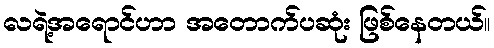
လရဲ့အရောင်ဟာ အတောက်ပဆုံး ဖြစ်နေတယ်။